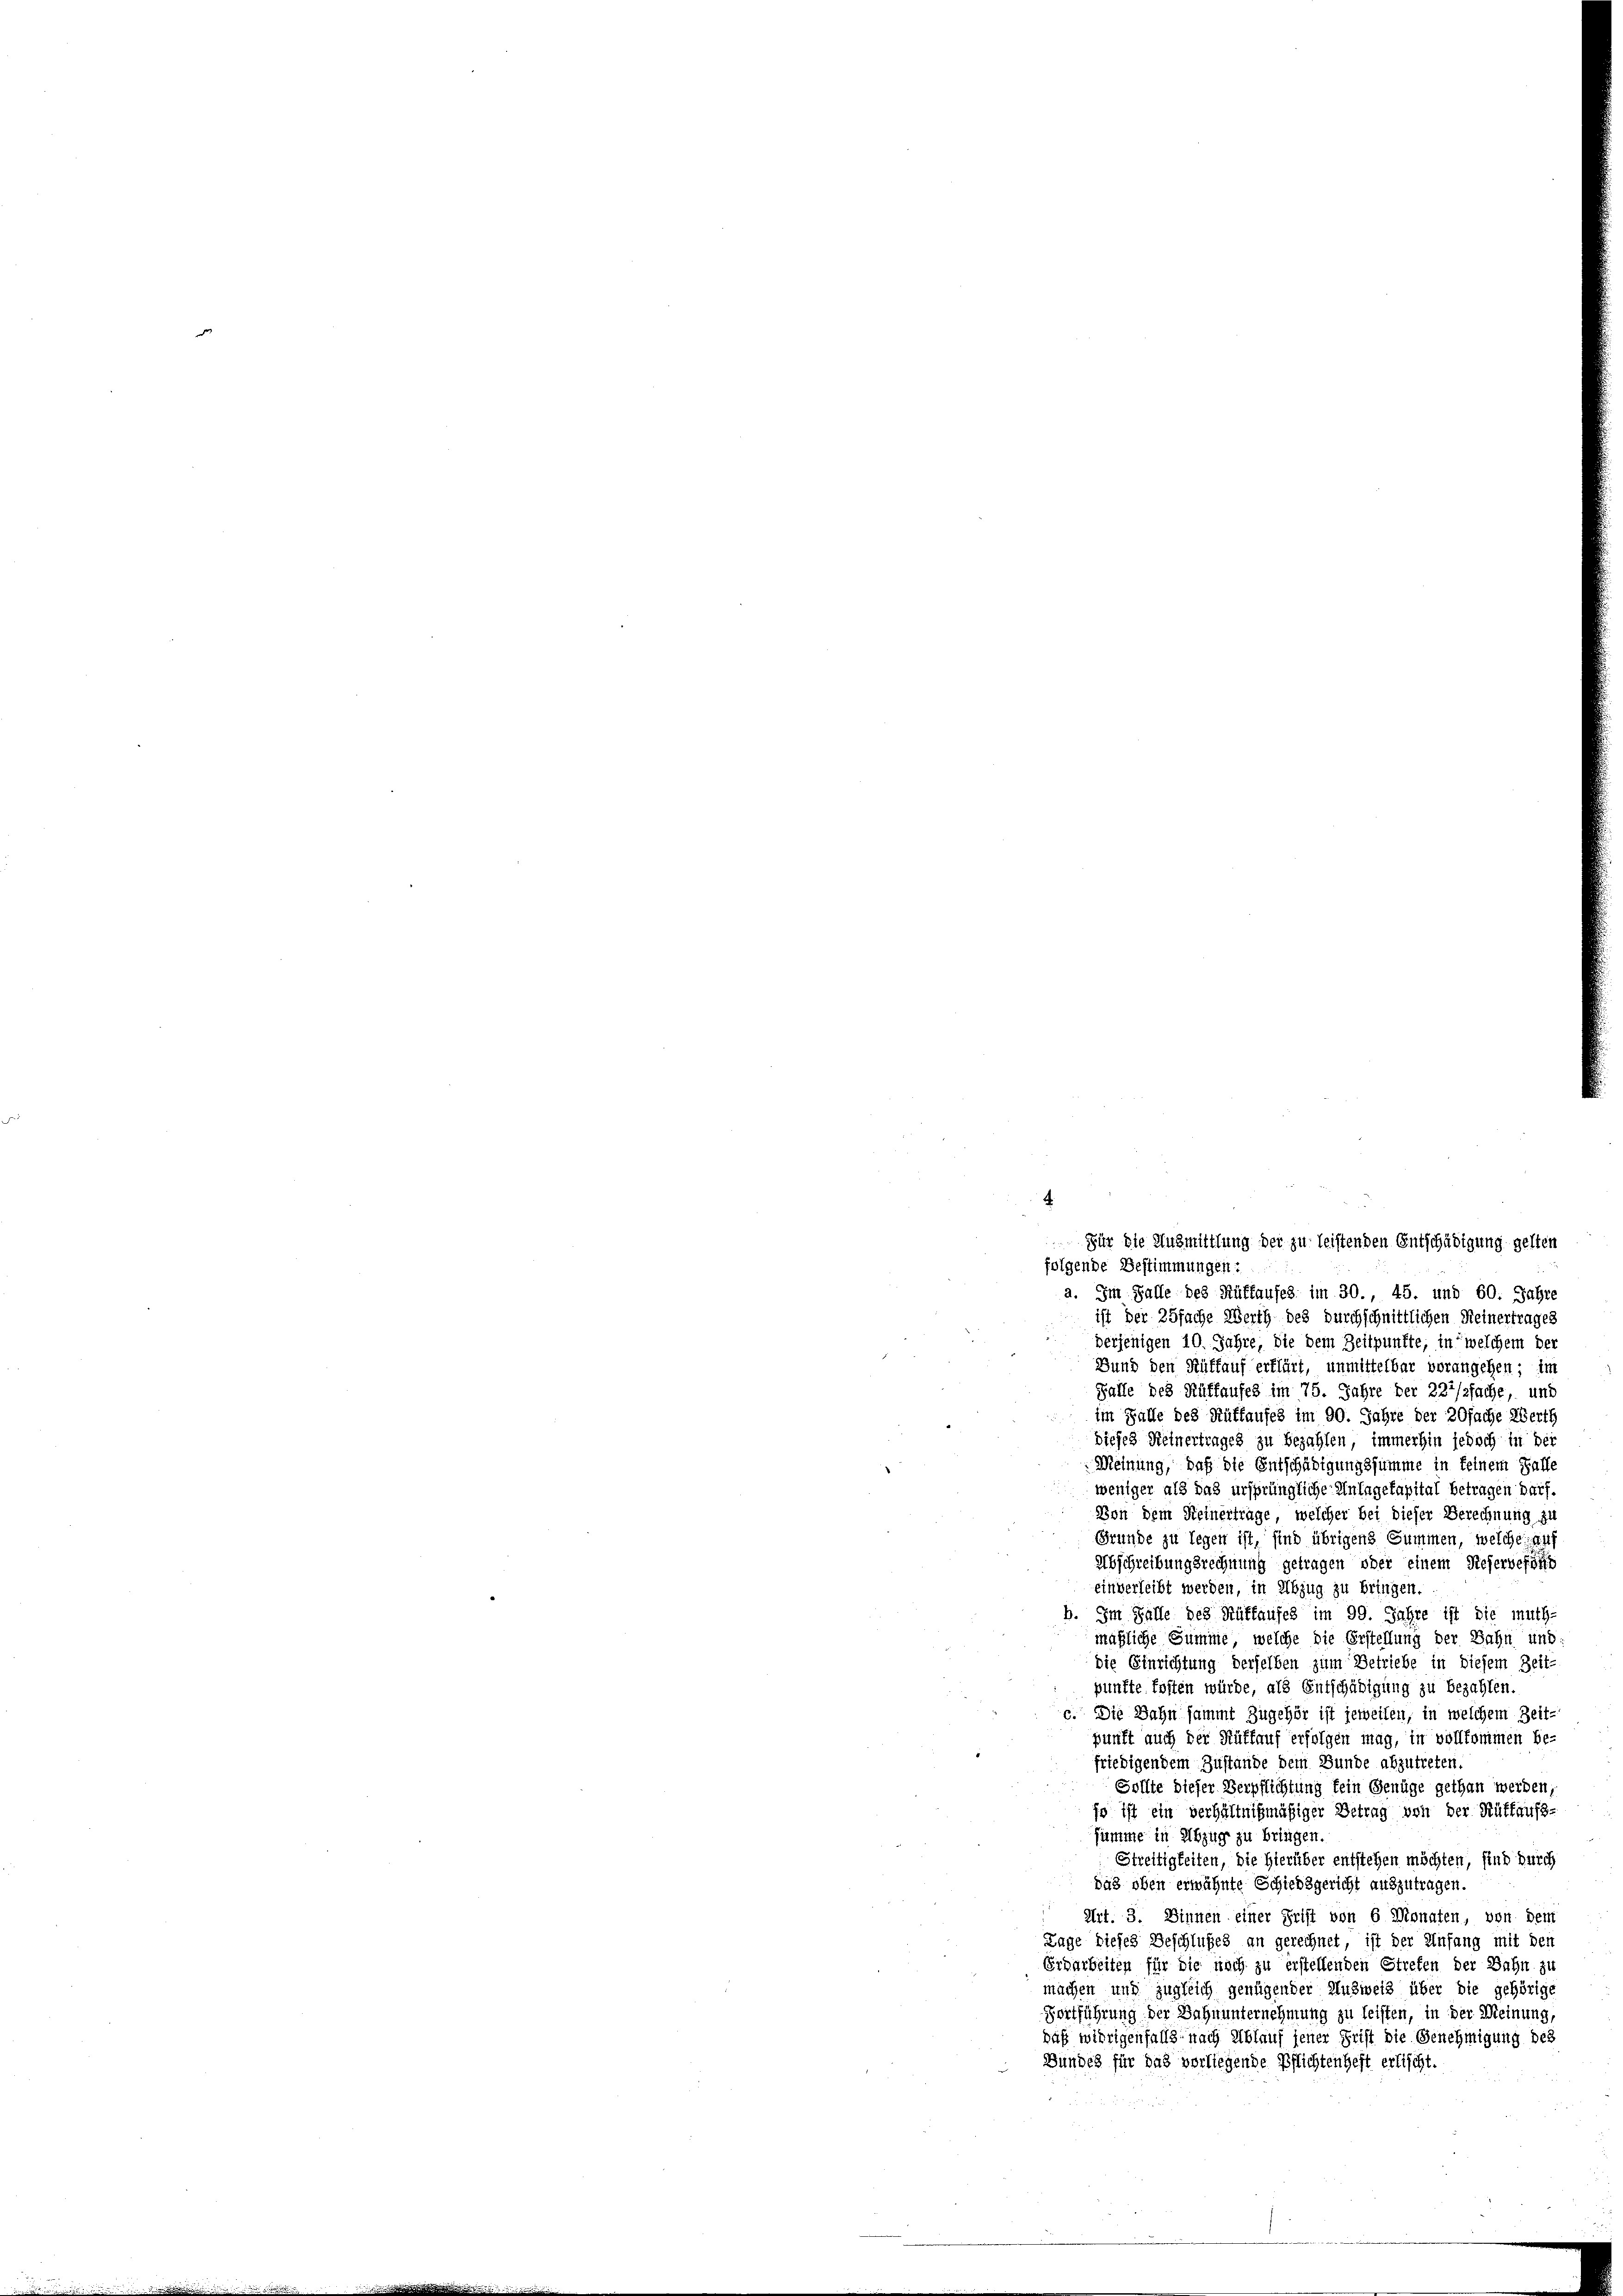
Für die Ausmittlung der zu leistenden Entschädigung gelten

folgende Bestimmungen:
a. Im Falle des Rüffauses im 30., 45. und 60. Jahre
ist der 35fache Werth des durchschnittlichen Reinertrages
derjenigen 10. Jahre, die dem Zeitpunkte, in welchem der
Bund den Rüffauf erklärt, unmittelbar vorangehen; im
Falle des Rüffaufes im 75. Jahre der 222/ssache, und
im Falle des Rüffauses im 90. Jahre der 20fache Werth
dieses Keinertrages zu bezahlen, immerhin jedoch in bei
Meinung, daß die Entschädigungssumme in feinem Falle
weniger als das ursprüngliche Anlagekapital betragen darf.
Von dem Steinertrage, welcher bei dieser Berechnung zu
Grunde zu legen ist, sind übrigens Summen, welche auf
Abschreibungsrechnung getragen oder einem Reservefon
einverleibt werden, in Abzug zu bringen.
b. Im Falle des Rüffaufes im 99. Jahre ist die muth-
mähliche Summe, welche die Erstellung der Bahn und
die Einrichtung derselben zum Betriebe in diesem Zeit-
punfte fosten würde, als Entschädigung zu bezahlen.
c. Die Bahn sammt Zugehör ist jeweilen, in welchem Zeit-
punft auch der Rüffauf erfolgen mag, in vollkommen be-
friedigendem Zustande dem Bunde abzutreten.
Sollte dieser Verpflichtung fein Genüge gethan werden,
je ist ein verhältnißmäßiger Betrag von der Rüttaufs-
summe in Abzug zu bringen.
Streitigkeiten, die Hierüber entstehen möchten, sind durch
das oben erwähnte Schiedsgericht auszutragen.
Art. 3. Dinnen einer Frist von 6 Monaten, von dem
Lage dieses Beschlußes an gerechnet, ist der Einfang mit den
Erdarbeiten für die nach zu erstellenden Streten der Bahn zu
machen und zugleich genügender Ausweis über die gehörige
Fortführung der Bahnunternehmung zu leisten, in der Meinung,
daß widrigenfalls nach Ablauf jener Frist die Genehmigung des
Bundes für das vorliegende Pflichtenheft erlischt.